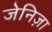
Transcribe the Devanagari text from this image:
जेनिज़ा